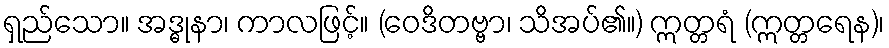
ရှည်သော။ အဒ္ဓုနာ၊ ကာလဖြင့်။ (ဝေဒိတဗ္ဗာ၊ သိအပ်၏။) ဣတ္တရံ (ဣတ္တရေန)၊